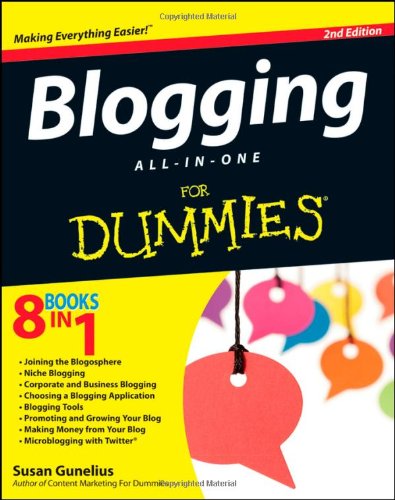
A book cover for Blogging All-in-One For Dummies; Susan Gunelius; Computers & Technology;